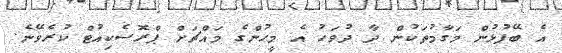
އެ ބޭފުޅުން މަގާމުތަކުން ދާ ދުވަހު އެ މީހުންގެ މައްޗަށް ޕްރޮސެކިއުޓް ކުރެވޭނެ.